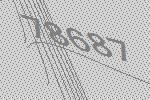
78687